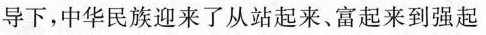
导下，中华民族迎来了从站起来、富起来到强起